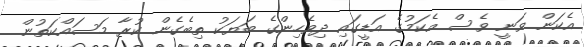
އެކަން ވަނީ ވެސް އެކަމުގެ އަޑީގައި ދިވެހިންގެ ބަޔަކު ތިބެގެން ކުރާ މަސައްކަތުން